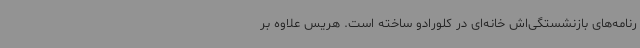
رنامه‌های بازنشستگی‌اش خانه‌ای در کلورادو ساخته است. هریس علاوه بر